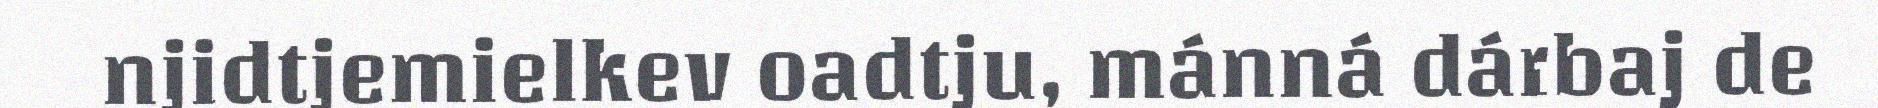
njidtjemielkev oadtju, mánná dárbaj de